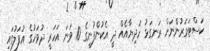
ކަސްޓަމަރުންނަށް ރަނގަޅު ހަދިޔާއެއް ދީ އެކުންފުނީގެ 10 ވަނަ އަހަރީ ދުވަހުގެ އުފަލުގައި